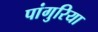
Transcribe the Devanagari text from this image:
पांगुरिया